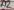
Text: D7